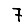
Digit: 7